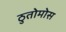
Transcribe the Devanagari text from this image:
ठुतोमोस